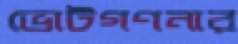
ভোটগণনার